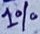
Text: 1%